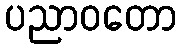
ပညာဝတော